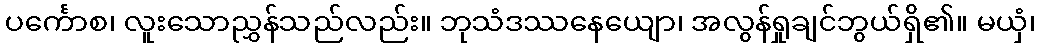
ပင်္ကောစ၊ လူးသောညွှန်သည်လည်း။ ဘုသံဒဿနေယျော၊ အလွန်ရှုချင်ဘွယ်ရှိ၏။ မယှံ၊